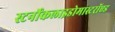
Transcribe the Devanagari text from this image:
स्टर्नोकलाइडोमास्टरॉएड